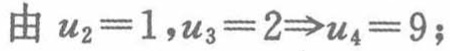
由 \(u_{2}=1,u_{3}=2\Rightarrow u_{4}=9\);